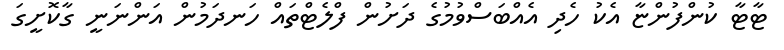
ޓާޓާ ކުންފުންޏާ އެކު ހެދި އެއްބަސްވުމުގެ ދަށުން ފްލެޓްތައް ހަނދަމުން އަންނަނީ ގާކޮށީގަ